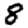
Digit: 8